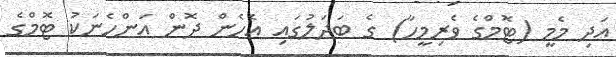
އަދި މެމީ (ޓޮމްގެ ވެރިމީހާ) ގެ ބަދަލުގައި އެހެން ދޮން އަންހެނަކު ޓޮމްގެ